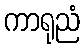
ကာရုညံ